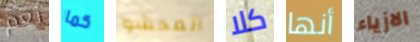
نعم كما المحشو كلا أنها الازياء